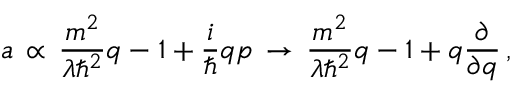
a \, \propto \, \frac { m ^ { 2 } } { \lambda \hbar ^ { 2 } } q - 1 + \frac { i } { \hbar } q p \, \rightarrow \, \frac { m ^ { 2 } } { \lambda \hbar ^ { 2 } } q - 1 + q \frac { \partial } { \partial q } \, ,